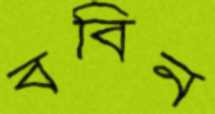
ববিন